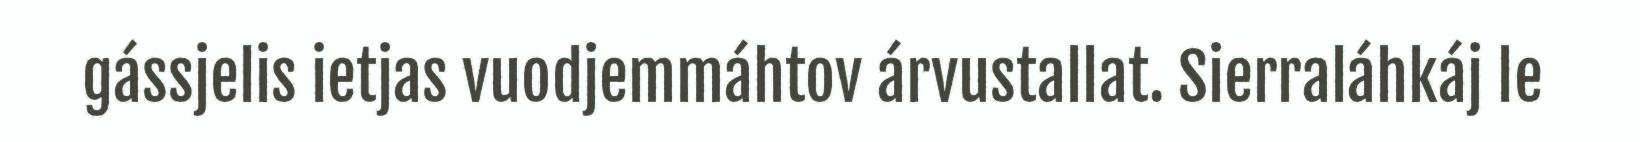
gássjelis ietjas vuodjemmáhtov árvustallat. Sierraláhkáj le